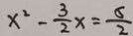
x ^ { 2 } - \frac { 3 } { 2 } x = \frac { 5 } { 2 }